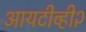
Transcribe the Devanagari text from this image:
आयटीव्ही२